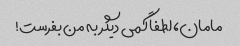
مامان، لطفاً کمی دیگر به من بفرست!